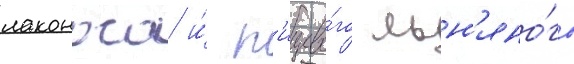
лаконоса и́ п'ищево́го льн'яно́го